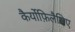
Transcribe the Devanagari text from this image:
कैर्योफ़िलैसिए